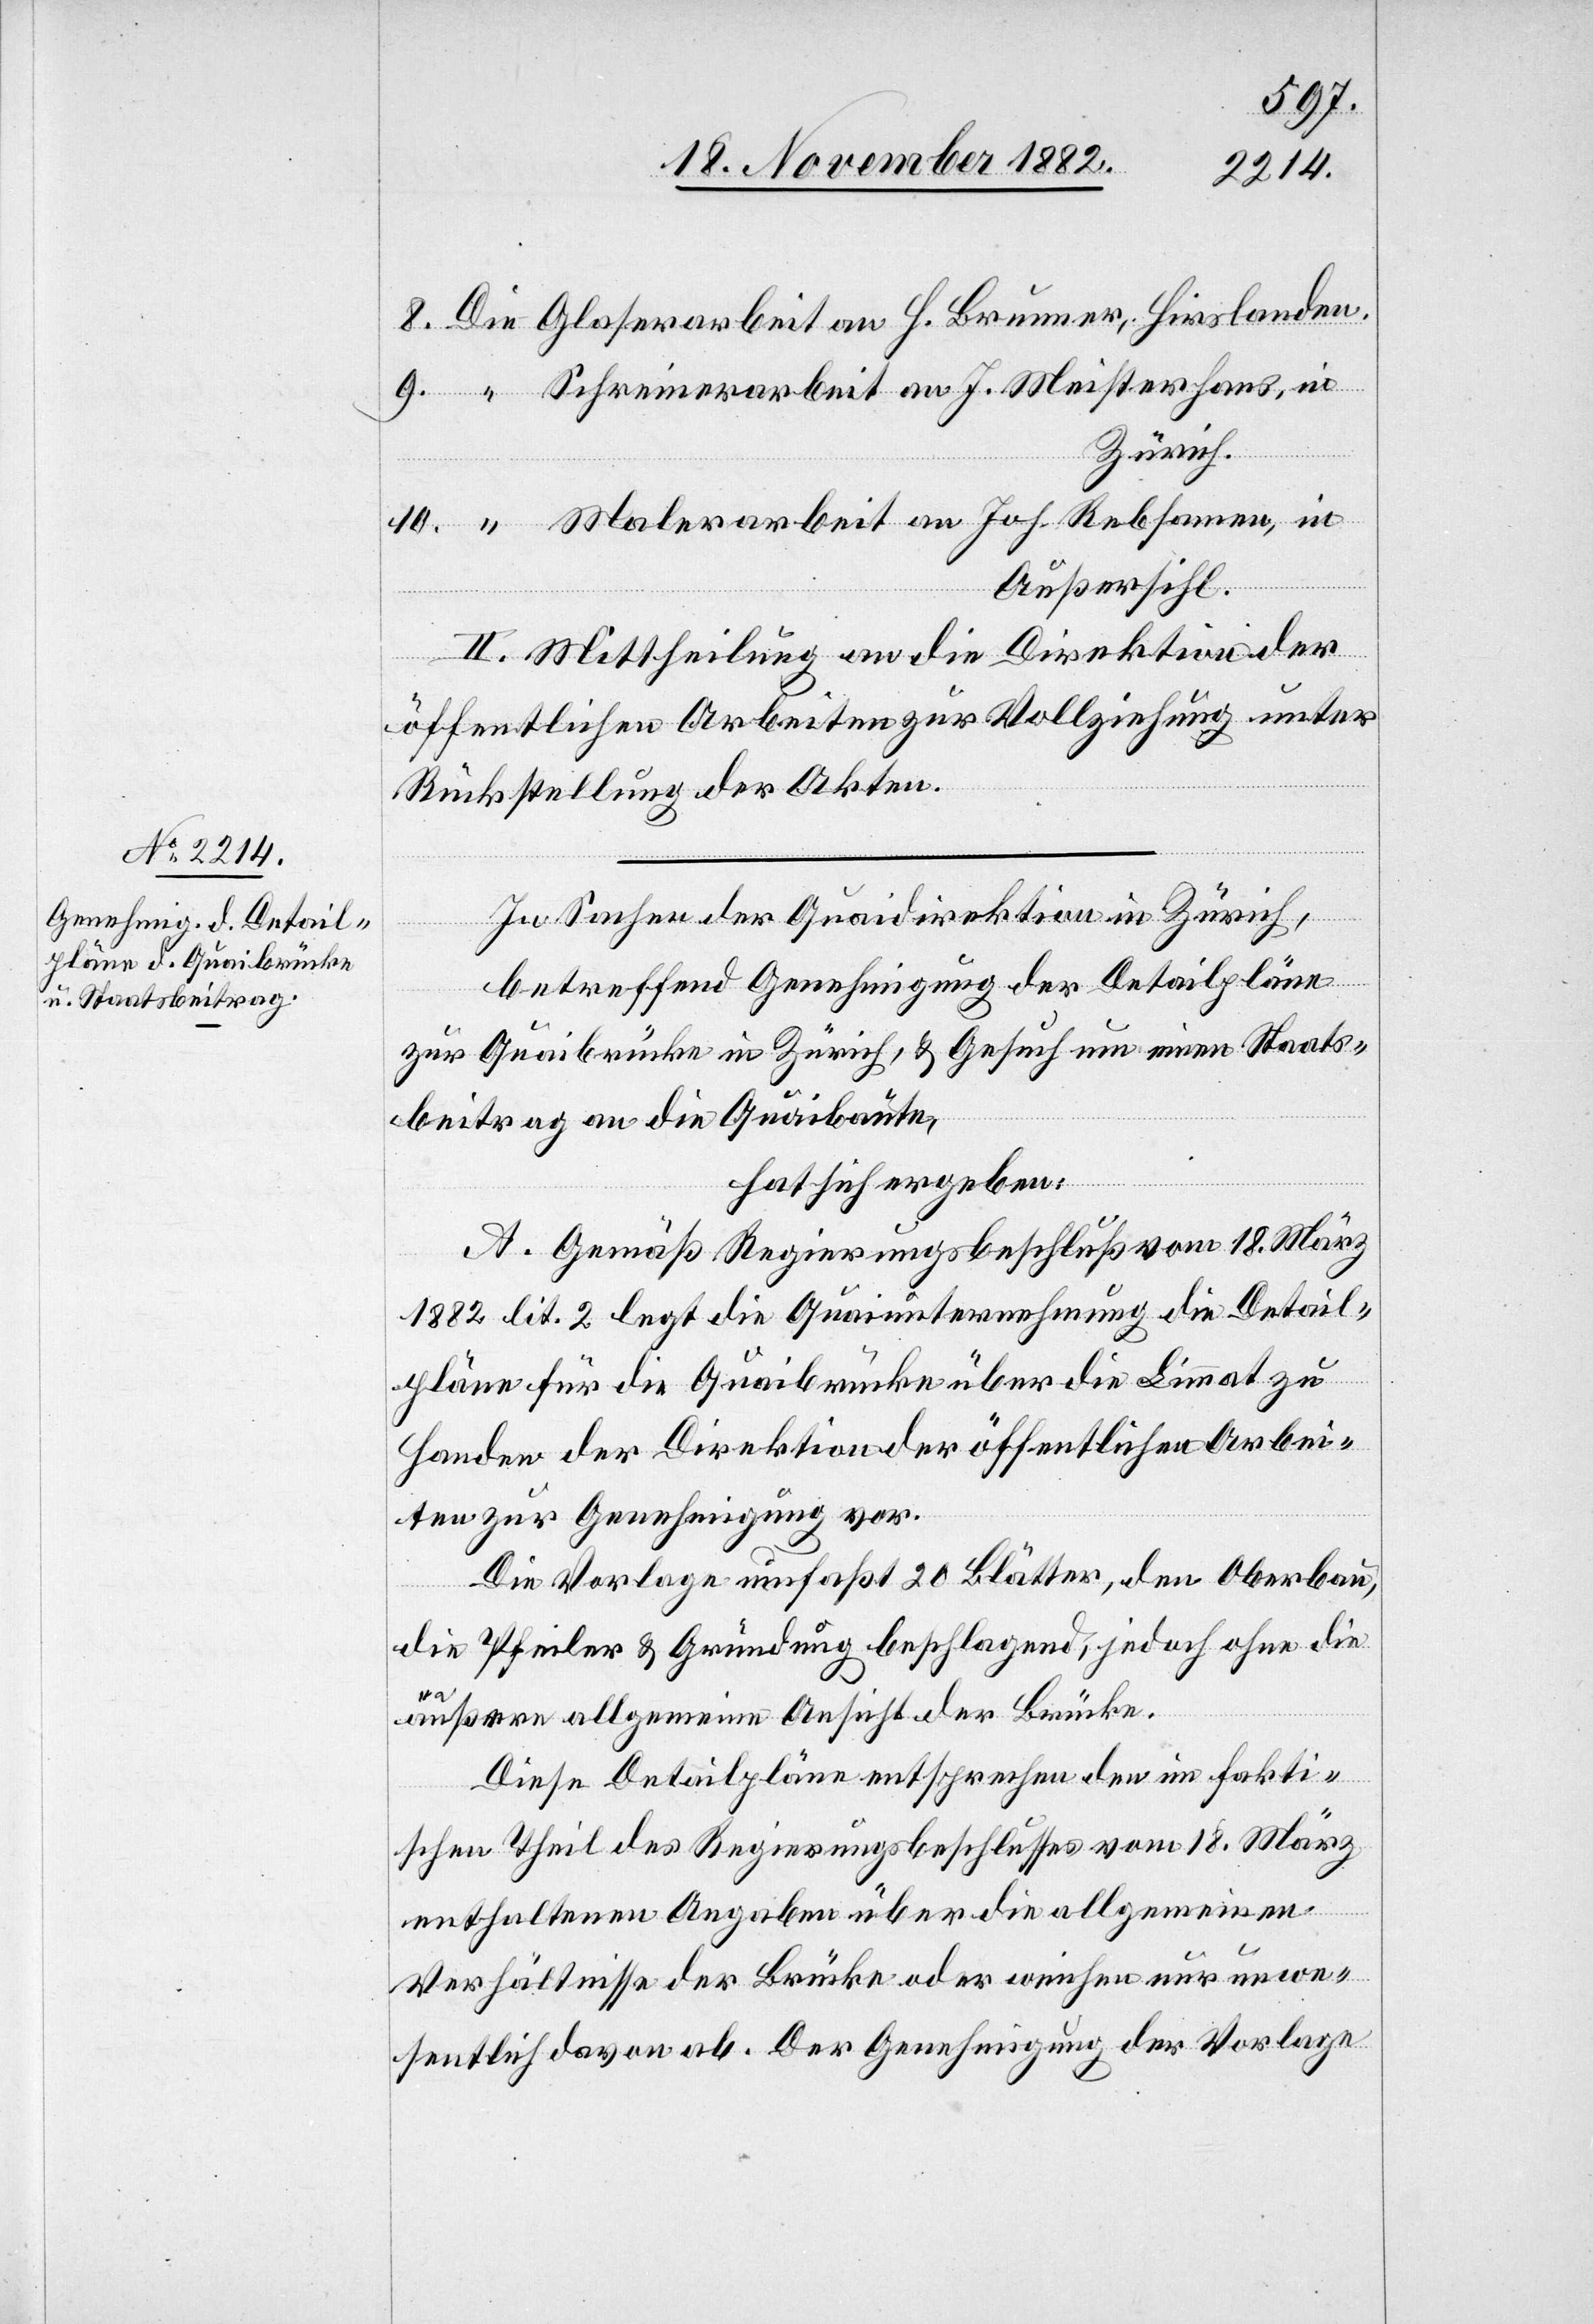
8.
Schreinerarbeit an J. Meisterhans, in
Zürich.
Malerarbeit an Joh. Rebsamen, in
Außersihl.
II. Mittheilung an die Direktion der
öffentlichen Arbeiten zur Vollziehung unter
Rückstellung der Akten.
In Sachen der Quaidirektion in Zürich,
betreffend Genehmigung der Detailpläne
zur Quaibrücke in Zürich, & Gesuch um einen Staats¬
beitrag an die Quaibaute,
hat sich ergeben:
A. Gemäß Regierungsbeschluß vom 18. März
1882 litt. 2 legt die Quaiunternehmung die Detail¬
pläne für die Quaibrücke über die Limmat zu
Handen der Direktion der öffentlichen Arbei¬
ten zur Genehmigung vor.
Die Vorlage umfaßt 20 Blätter, den Oberbau,
die Pfeiler & Gründung beschlagend, jedoch ohne die
äußere allgemeine Ansicht der Brücke.
Diese Detailpläne entsprechen den im fakti¬
schen Theil des Regierungsbeschlusses vom 18. März
enthaltenen Angaben über die allgemeinen
Verhältnisse der Brücke oder weichen nur unwe¬
sentlich davon ab. Der Genehmigung der Vorlage